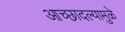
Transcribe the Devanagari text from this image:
आच्छादल्यामुळे